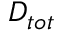
D _ { t o t }